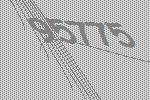
95775